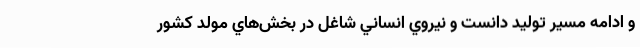
و ادامه مسير توليد دانست و نيروي انساني شاغل در بخش‌هاي مولد كشور